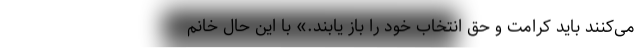
می‌کنند باید کرامت و حق انتخاب خود را باز یابند.» با این حال خانم